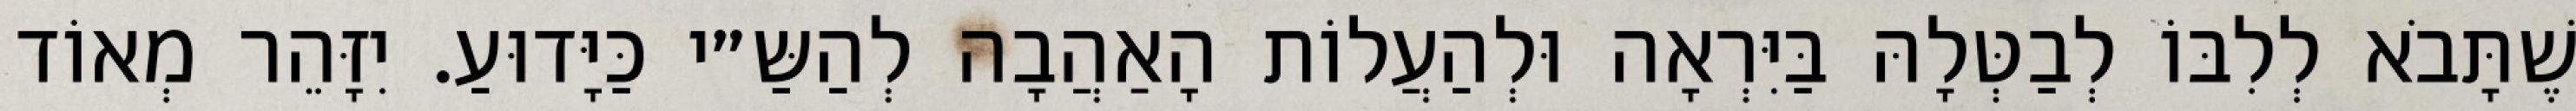
שֶׁתָּבֹא לְלִבּוֹ לְבַטְּלָהּ בַּיִּרְאָה וּלְהַעֲלוֹת הָאַהֲבָה לְהַשַּ״י כַּיָּדוּעַ. יִזָּהֵר מְאוֹד